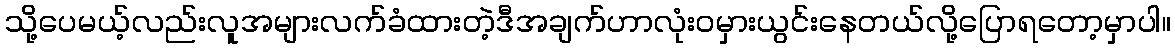
သို့ပေမယ့်လည်းလူအများလက်ခံထားတဲ့ဒီအချက်ဟာလုံးဝမှားယွင်းနေတယ်လို့ပြောရတော့မှာပါ။